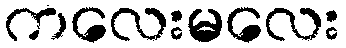
ကလေးမလေး